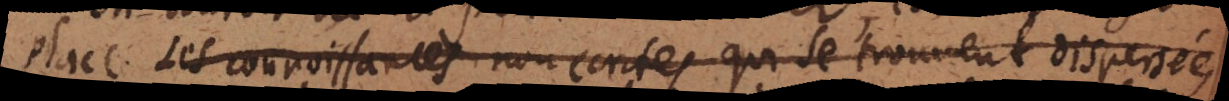
place. Les connoissances non ecrites qui se trouvent dispersées